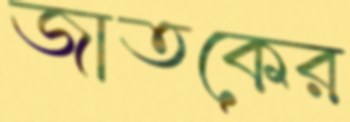
জাতকের